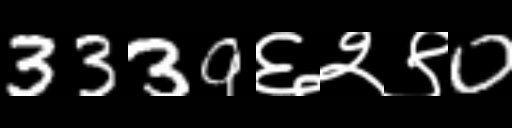
Text: 3339६२९0